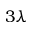
3 \lambda